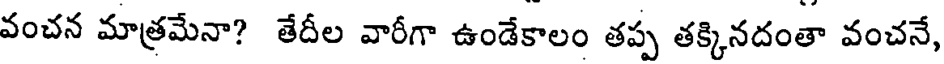
వంచన మాత్రమేనా? తేదీల వారీగా ఉండేకాలం తప్ప తక్కినదంతా వంచనే,